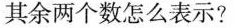
其余两个数怎么表示?